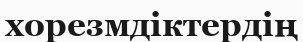
хорезмдіктердің